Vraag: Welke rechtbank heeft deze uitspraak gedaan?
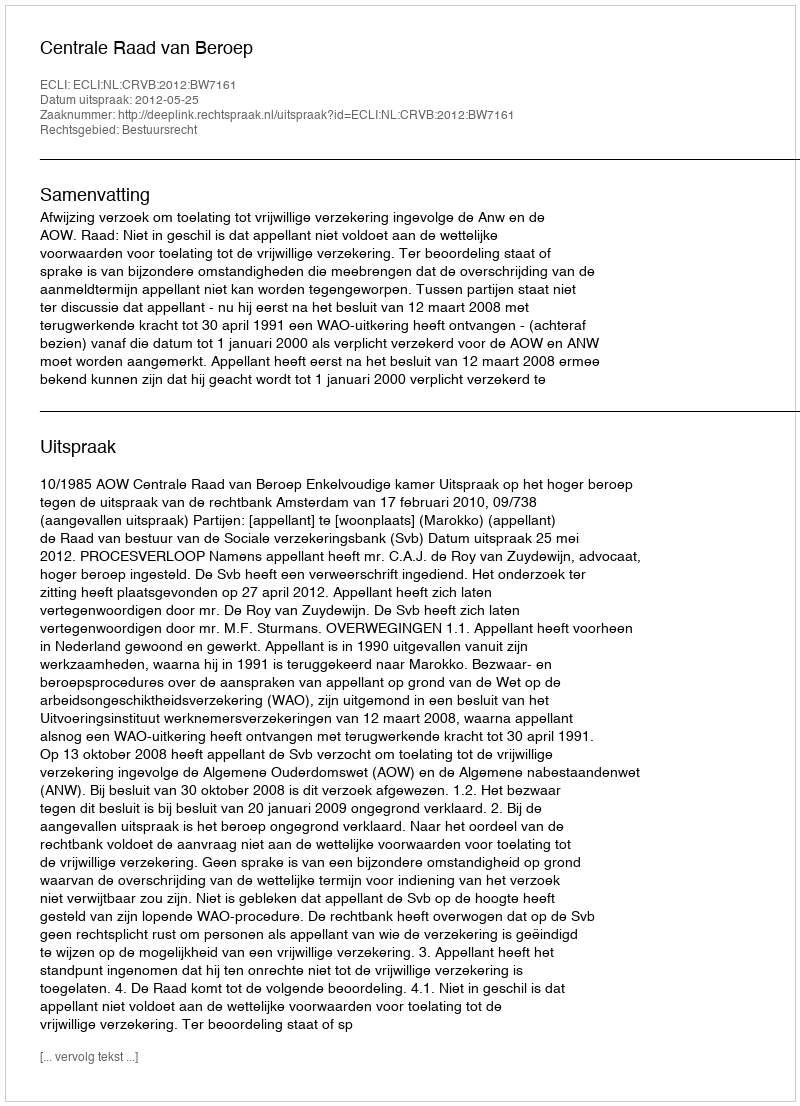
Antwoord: Centrale Raad van Beroep